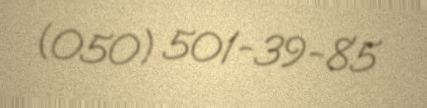
(050) 501-39-85